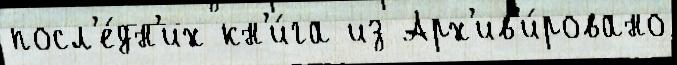
посл'е́дн'их кн'и́га из Арх'ив'и́ровано